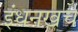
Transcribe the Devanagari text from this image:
इंधनखर्च